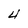
Character: 4